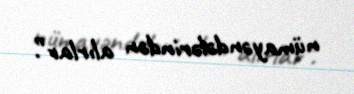
nümayəndələrindən alırlar”.